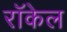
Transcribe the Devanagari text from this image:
राॅकेल